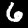
Label: 6